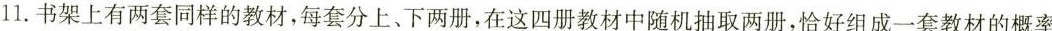
11.书架上有两套同样的教材，每套分上、下两册，在这四册教材中随机抽取两册，恰好组成一套教材的概率